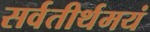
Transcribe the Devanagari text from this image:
सर्वतीर्थमयं